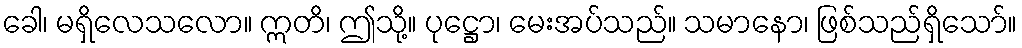
ခေါ၊ မရှိလေသလော။ ဣတိ၊ ဤသို့။ ပုဋ္ဌော၊ မေးအပ်သည်။ သမာနော၊ ဖြစ်သည်ရှိသော်။